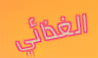
الغذائي